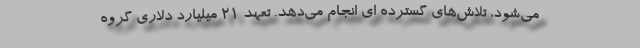
می‌شود، تلاش‌های گسترده ای انجام می‌دهد. تعهد ۲۱ میلیارد دلاری گروه